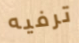
ترفيه